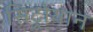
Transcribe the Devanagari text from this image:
सिट्रोयान